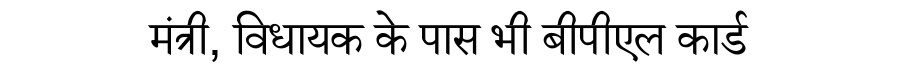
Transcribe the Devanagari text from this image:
मंत्री, विधायक के पास भी बीपीएल कार्ड